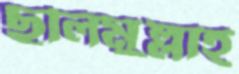
ছলিমুল্লাহ